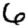
Digit: 6